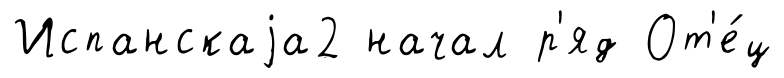
Испанскаjа2 начал р'яд От'е́ц